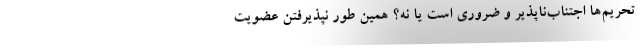
تحریم‌ها اجتناب‌ناپذیر و ضروری است یا نه؟ همین طور نپذیرفتن عضویت